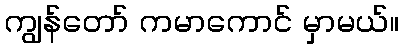
ကျွန်တော် ကမာကောင် မှာမယ်။